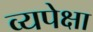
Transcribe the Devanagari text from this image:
व्यपेक्षा